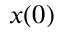
x ( 0 )